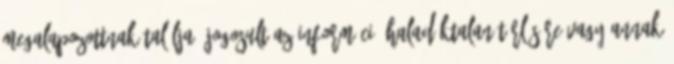
megalapozottnak találja, jogosult az információ haladéktalan törlésére vagy annak